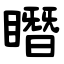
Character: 䁮